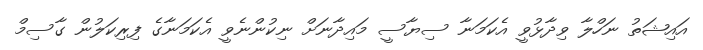
އައިޝަތު ނަހްލާ ވިދާޅުވީ އެކަމަނާ ސިޔާސީ މައިދާނަށް ނިކުންނެވީ އެކަމަނާގެ ފިރިކަލުން ގާސިމް